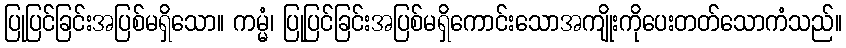
ပြုပြင်ခြင်းအပြစ်မရှိသော။ ကမ္မံ၊ ပြုပြင်ခြင်းအပြစ်မရှိကောင်းသောအကျိုးကိုပေးတတ်သောကံသည်။